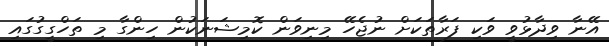
އޭނާ ވިދާޅުވީ ވަކި ފަރާތަކަށް ނުޖެހޭ މިނިވަން ކޮމިޝަނަކުން ހިންގާ މި ތަހްގީގުގައި